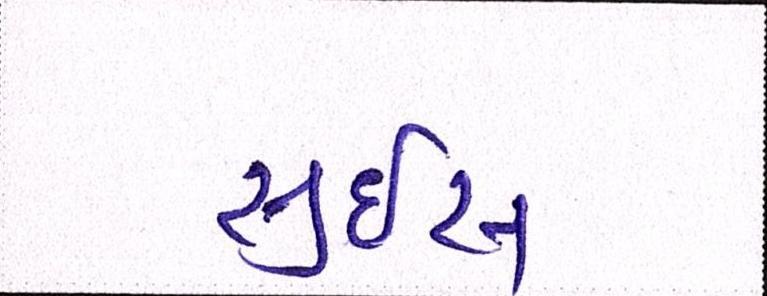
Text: સુઇસ